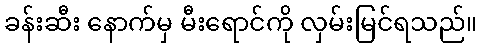
ခန်းဆီး နောက်မှ မီးရောင်ကို လှမ်းမြင်ရသည်။